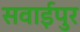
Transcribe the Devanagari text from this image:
सवाईपुर